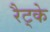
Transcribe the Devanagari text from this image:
रैट्के